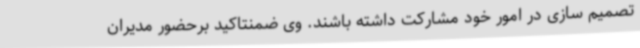
تصمیم سازی در امور خود مشارکت داشته باشند. وی ضمنتاکید برحضور مدیران